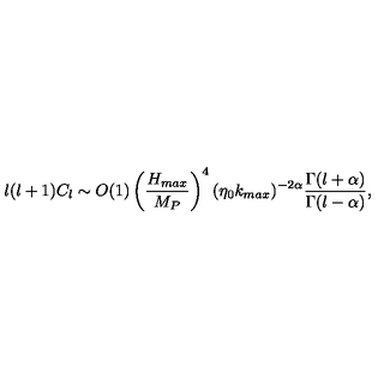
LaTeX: l ( l + 1 ) C _ { l } \sim O ( 1 ) \left( { \frac { H _ { m a x } } { M _ { P } } } \right) ^ { 4 } ( \eta _ { 0 } k _ { m a x } ) ^ { - 2 \alpha } { \frac { \Gamma ( l + \alpha ) } { \Gamma ( l - \alpha ) } } ,